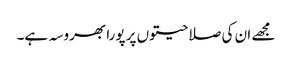
مجھے ان کی صلاحیتوں پر پورا بھروسہ ہے۔